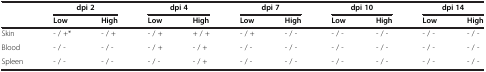
|  | <COLSPAN=2> dpi 2 | <COLSPAN=2> dpi 4 | <COLSPAN=2> dpi 7 | <COLSPAN=2> dpi 10 | <COLSPAN=2> dpi 14 |
 |  | Low | High | Low | High | Low | High | Low | High | Low | High |
 | --- | --- | --- | --- | --- | --- | --- | --- | --- | --- | --- |
 | Skin | - / +* | - / + | - / + | + / + | - / + | - / - | - / - | - / - | - / - | - / - |
 | Blood | - / - | - / - | - / + | - / + | - / - | - / - | - / - | - / - | - / - | - / - |
 | Spleen | - / - | - / - | - / - | - / + | - / - | - / - | - / - | - / - | - / - | - / - |